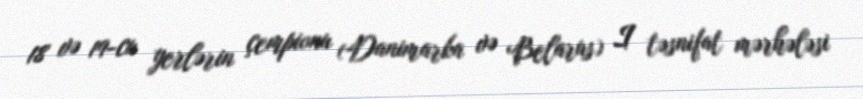
18 və 19-cu yerlərin çempionu (Danimarka və Belarus) I təsnifat mərhələsi